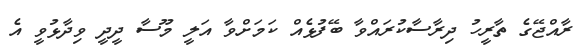
ރާއްޖޭގެ ތާރީހު ދިރާސާކުރައްވާ ބޭފުޅެއް ކަމަށްވާ އަލީ މޫސާ ދީދީ ވިދާޅުވީ އެ